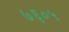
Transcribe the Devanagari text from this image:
७६०५